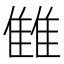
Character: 雔